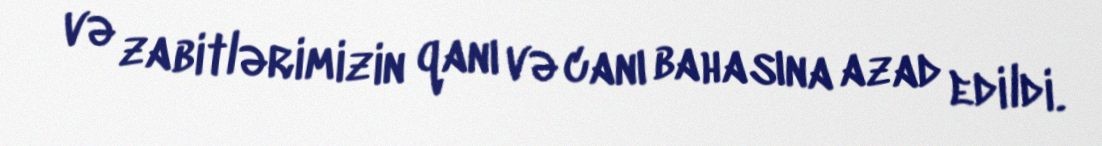
və zabitlərimizin qanı və canı bahasına azad edildi.